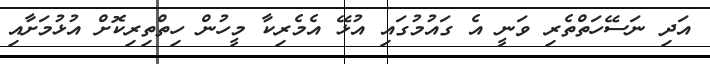
އަދި ނަސޭހަތްތެރި ވަނީ އެ ގައުމުގައި އުޅޭ އެމެރިކާ މީހުން ހިތްތިރިކޮށް އުޅުމަށާއި